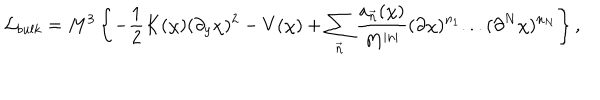
{ \cal L } _ { b u l k } = M ^ { 3 } \left\{ - \frac { 1 } { 2 } K ( \chi ) ( \partial _ { y } \chi ) ^ { 2 } - V ( \chi ) + \sum _ { \vec { n } } \frac { a _ { \vec { n } } ( \chi ) } { M ^ { | n | } } ( \partial \chi ) ^ { n _ { 1 } } . . . ( \partial ^ { N } \chi ) ^ { n _ { N } } \right\} ,